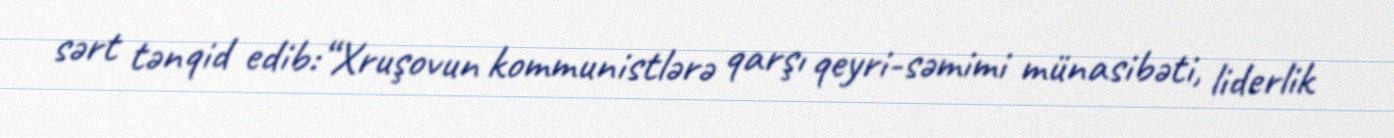
sərt tənqid edib:“Xruşovun kommunistlərə qarşı qeyri-səmimi münasibəti, liderlik